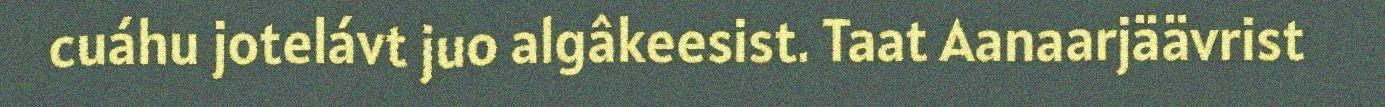
cuáhu jotelávt juo algâkeesist. Taat Aanaarjäävrist